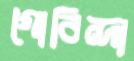
গোবিন্দা